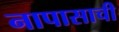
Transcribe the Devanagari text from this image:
नापासाची